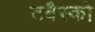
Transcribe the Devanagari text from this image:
टबैस्को